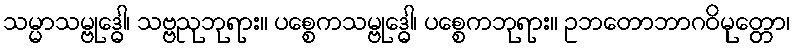
သမ္မာသမ္ဗုဒ္ဓေါ၊ သဗ္ဗညုဘုရား။ ပစ္စေကသမ္ဗုဒ္ဓေါ၊ ပစ္စေကဘုရား။ ဥဘတောဘာဂဝိမုတ္တော၊